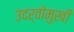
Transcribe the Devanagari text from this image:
उदर्वोमुखी